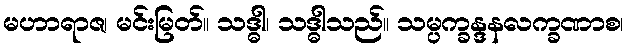
မဟာရာဇ၊ မင်းမြတ်။ သဒ္ဓါ၊ သဒ္ဓါသည်။ သမ္ပက္ခန္ဒနလက္ခဏာစ၊